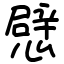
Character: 憵